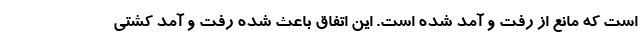
است که مانع از رفت و آمد شده است. این اتفاق باعث شده رفت و آمد کشتی